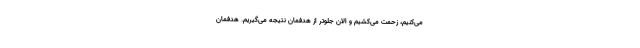
می‌کنیم، زحمت می‌کشیم و الان جلوتر از هدفمان نتیجه می‌گیریم. هدفمان